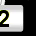
Digit: 2